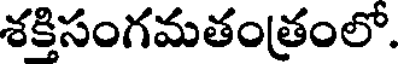
శక్తిసంగమతంత్రంలో.